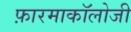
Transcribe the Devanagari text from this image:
फ़ारमाकॉलोजी